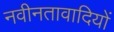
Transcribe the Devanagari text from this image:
नवीनतावादियों